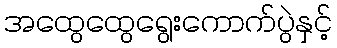
အထွေထွေရွေးကောက်ပွဲနှင့်